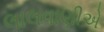
લાલવાણીએ